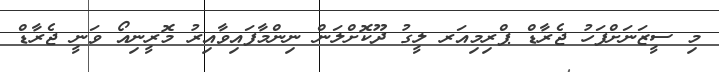
މި ސީޒަނަށްފަހު ޖެރާޑް ޕްރިމިއަރ ލީގު ދޫކޮށްލަން ނިންމާފައިވާއިރު މޮރީނިއޯ ވަނީ ޖެރާޑް